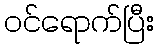
ဝင်ရောက်ပြီး